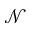
\mathcal { N }